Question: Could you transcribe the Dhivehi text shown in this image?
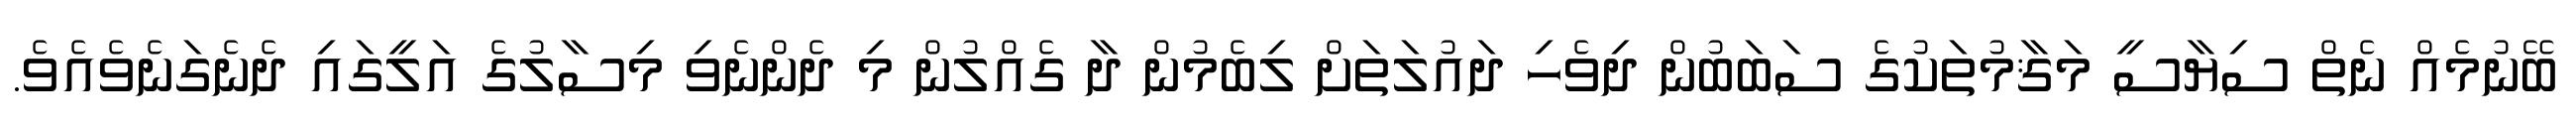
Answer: ބޭނުމެއް ނެތް ސިޔާސީ މަޤާމުތަކުގެ ސަބަބުން ދިވެހި ދައުލަތަށް ލިބެމުން ދާ ގެއްލުން މި ދެންނެވި މިސާލުގެ އަލީގައި ދެނެގަނެވެއެވެ.